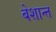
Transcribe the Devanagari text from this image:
बेशान्त